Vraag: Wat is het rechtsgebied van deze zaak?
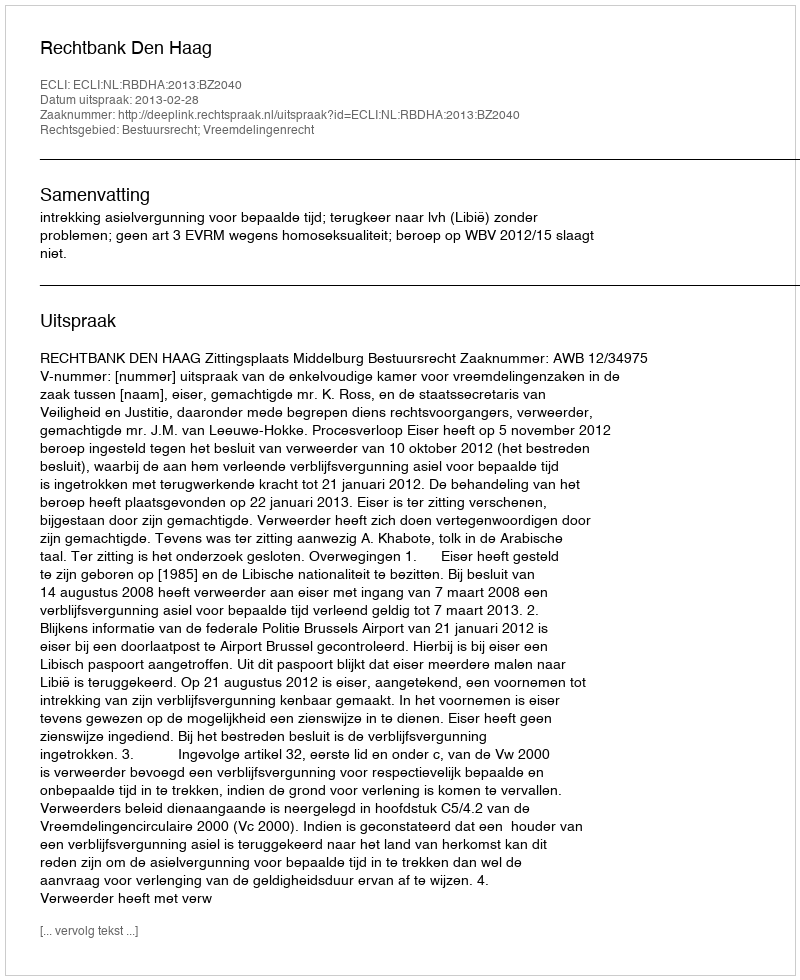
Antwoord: Bestuursrecht; Vreemdelingenrecht